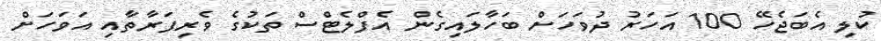
ކުލި އެބަޖެހޭ 100 އަހަރު ދުވަހަށް ބަހާލައިގެން އެފްލެޓްސް ތަކުގެ ވެރިފަރާތާއި އަވަހަށް